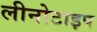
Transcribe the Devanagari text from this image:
लीनोटाइप